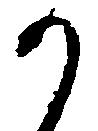
か